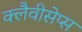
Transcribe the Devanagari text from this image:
क्लैवीसेप्स